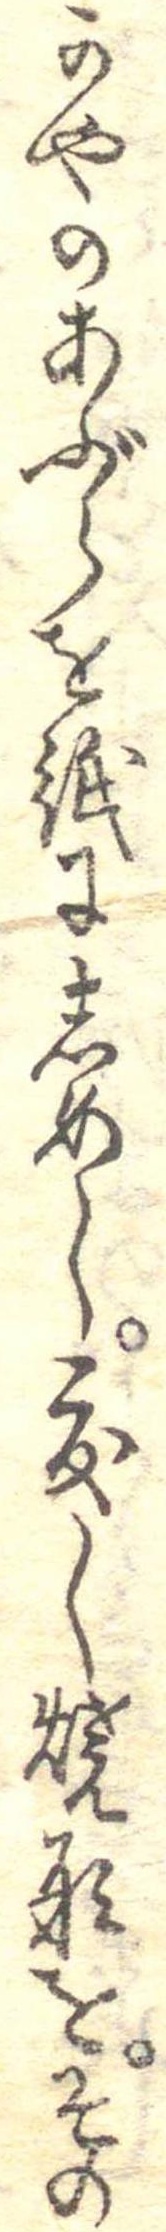
かやのあぶらを紙にしめし度〱焼形をその